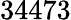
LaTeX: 34473